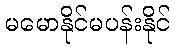
မမောနိုင်မပန်းနိုင်